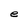
Character: e